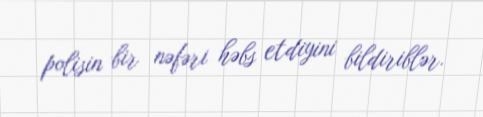
polisin bir nəfəri həbs etdiyini bildiriblər.